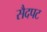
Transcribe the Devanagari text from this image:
सैदपट